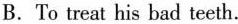
B.To treat his bad teeth.